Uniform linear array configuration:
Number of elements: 16
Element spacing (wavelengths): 0.75
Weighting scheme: exponential
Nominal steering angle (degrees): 45
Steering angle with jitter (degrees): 46.702
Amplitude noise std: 0.05
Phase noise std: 0.05

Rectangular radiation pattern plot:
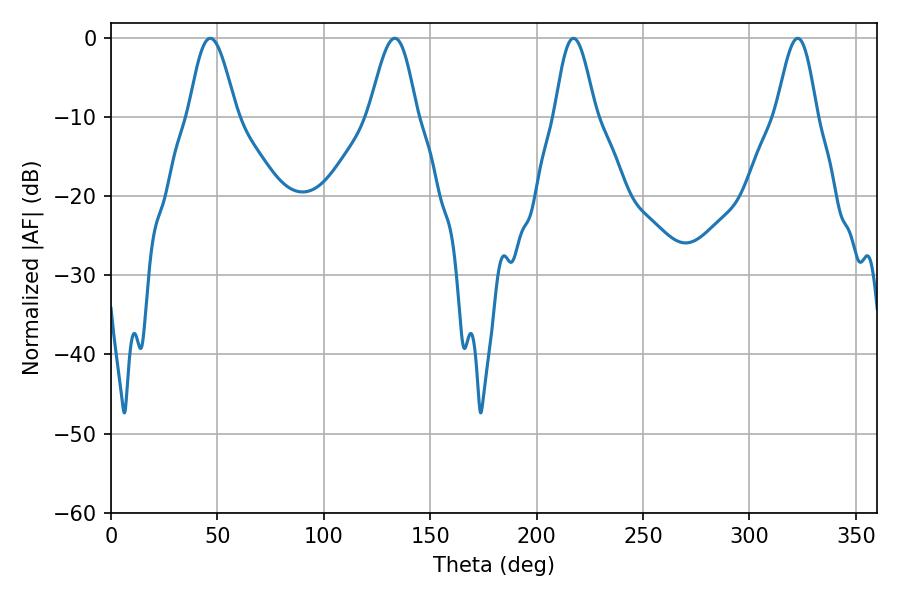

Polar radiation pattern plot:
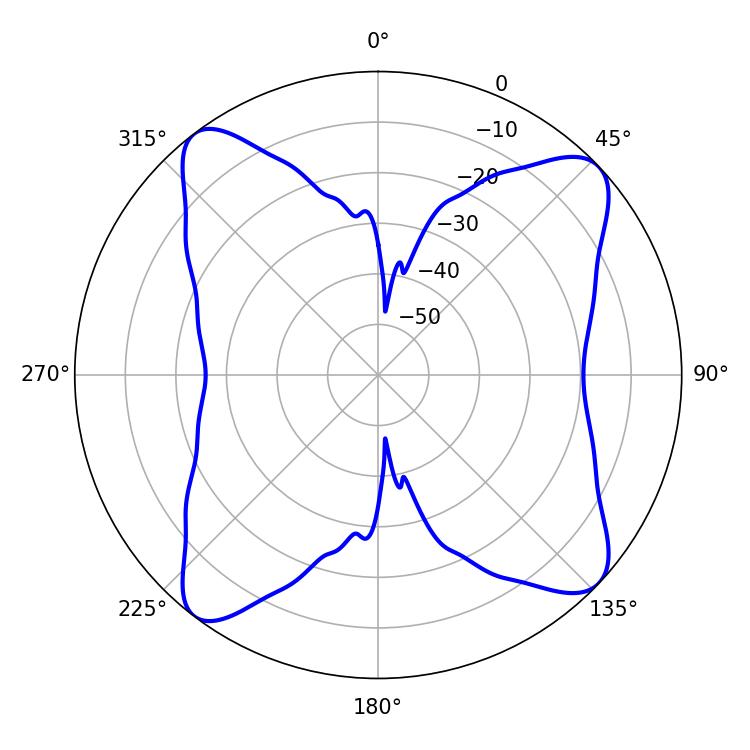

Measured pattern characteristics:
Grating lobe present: TRUE
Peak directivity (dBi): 12.764
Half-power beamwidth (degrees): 11.88
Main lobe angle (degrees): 46.62